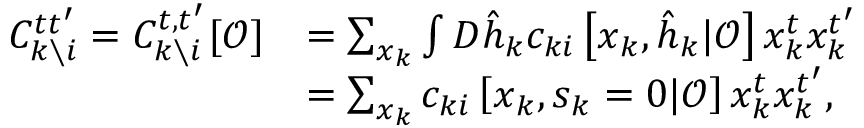
\begin{array} { r l } { C _ { k \setminus i } ^ { t t ^ { \prime } } = C _ { k \setminus i } ^ { t , t ^ { \prime } } [ \boldsymbol { \mathcal { O } } ] } & { = \sum _ { \boldsymbol { x } _ { k } } \int D \hat { \boldsymbol { h } } _ { k } c _ { k i } \left[ \boldsymbol { x } _ { k } , \hat { \boldsymbol { h } } _ { k } | \boldsymbol { \mathcal { O } } \right] x _ { k } ^ { t } x _ { k } ^ { t ^ { \prime } } } \\ & { = \sum _ { \boldsymbol { x } _ { k } } c _ { k i } \left[ \boldsymbol { x } _ { k } , \boldsymbol { s } _ { k } = 0 | \boldsymbol { \mathcal { O } } \right] x _ { k } ^ { t } x _ { k } ^ { t ^ { \prime } } , } \end{array}